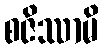
စဇိဿာမိ